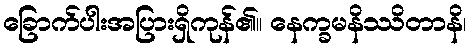
ခြောက်ပါးအပြားရှိကုန်၏။ နေက္ခမနိဿိတာနိ၊